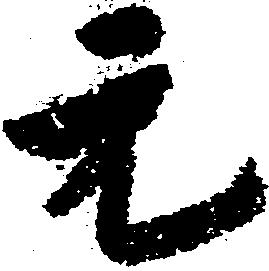
元